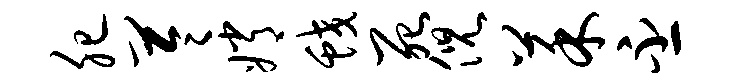
肥苓嫦蛟死倪菜丕